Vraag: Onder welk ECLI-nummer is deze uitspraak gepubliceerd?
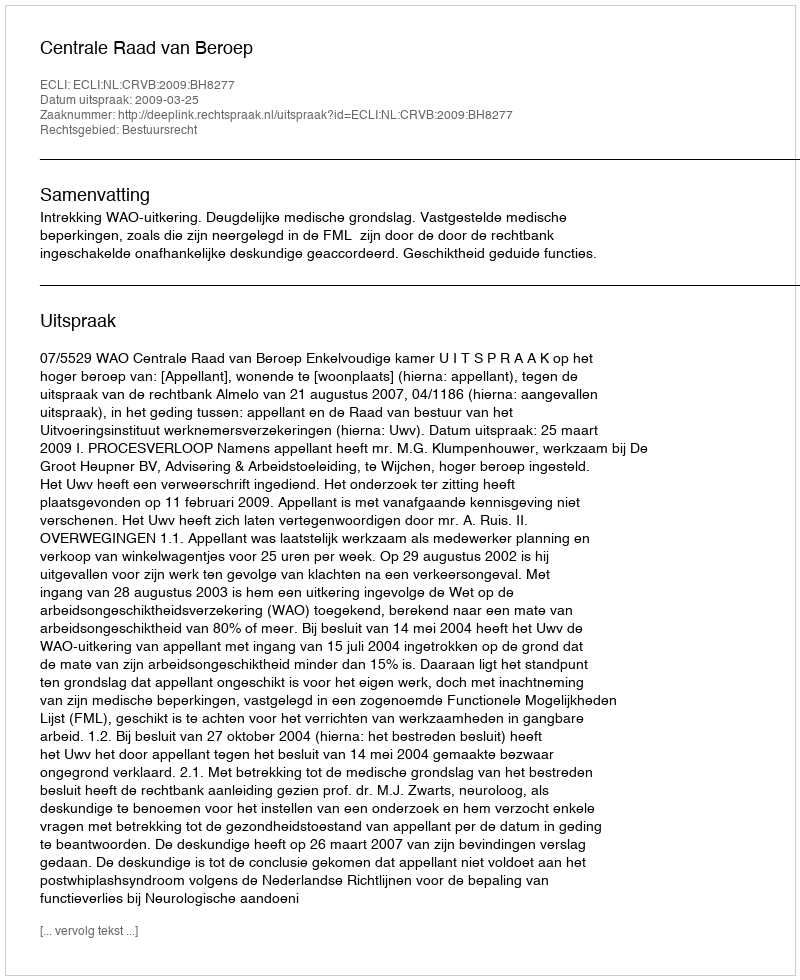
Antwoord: ECLI:NL:CRVB:2009:BH8277